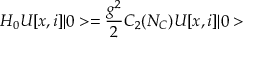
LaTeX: H _ { 0 } U [ x , i ] \vert 0 > = { \frac { g ^ { 2 } } { 2 } } C _ { 2 } ( { \cal N } _ { C } ) U [ x , i ] \vert 0 >